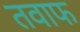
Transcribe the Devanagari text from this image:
तवाफ